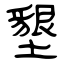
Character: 墾